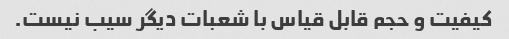
کیفیت و حجم قابل قیاس با شعبات دیگر سیب نیست.